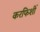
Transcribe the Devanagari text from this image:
करफिशीं